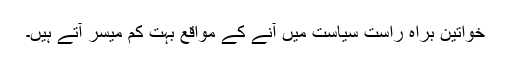
خواتین براہ راست سیاست میں آنے کے مواقع بہت کم میسر آتے ہیں۔